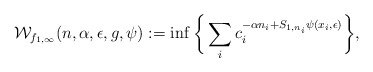
\begin{align*}\mathcal{W}_{f_{1,\infty}}(n,\alpha,\epsilon,g,\psi):=\inf\bigg\{\sum_{i}c_{i}^{-\alpha n_{i}+S_{1,n_{i}}\psi(x_{i},\epsilon)}\bigg\},\end{align*}